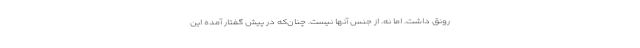
رونق داشت. اما نه. از جنس آنها نیست. چنان‌که در پیش گفتار آمده این